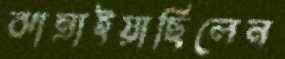
ঝাম্‌রাইয়াছিলেন